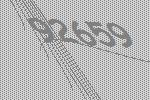
92659